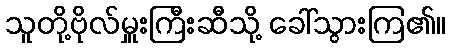
သူတို့ဗိုလ်မှူးကြီးဆီသို့ ခေါ်သွားကြ၏။